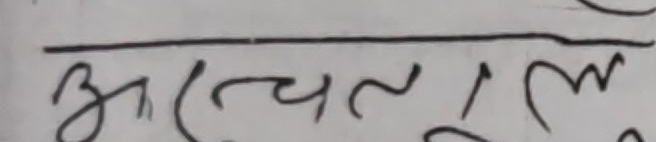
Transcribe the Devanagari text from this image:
अचलुल